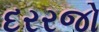
દરરજો